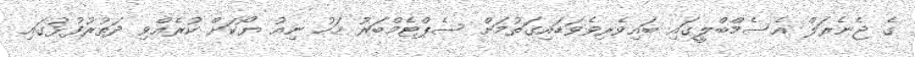
ގެ ޖެނެރަލް އެސެމްބްލީގައި ބައިވެރިވެވަޑައިގަތުމަށް ސެޕްޓެމްބަރު މަހު ނިއު ޔޯކަށް ކުރެއްވި ދަތުރުފުޅުގައި